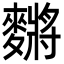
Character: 䵁